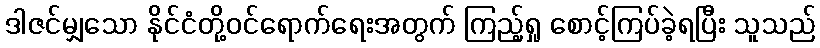
ဒါဇင်မျှသော နိုင်ငံတို့ဝင်ရောက်ရေးအတွက် ကြည့်ရှု စောင့်ကြပ်ခဲ့ရပြီး သူသည်